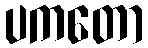
ပကတော